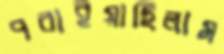
পরাইয়াছিলাম